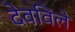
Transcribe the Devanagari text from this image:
देवविले